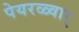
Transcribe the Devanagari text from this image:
पेयरळ्वार्